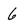
Character: 6